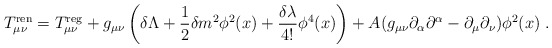
\begin{align*}T_{\mu\nu}^{\rm ren}=T_{\mu\nu}^{\rm reg}+ g_{\mu\nu}\left(\delta\Lambda+\frac{1}{2}\delta m^2 \phi^2(x)+\frac{\delta \lambda}{4!} \phi^4(x)\right) +A (g_{\mu\nu}\partial_\alpha\partial^\alpha-\partial_\mu\partial_\nu)\phi^2(x) \; .\end{align*}